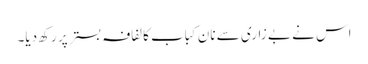
اس نے بے زاری سے نان کباب کا لفافہ بستر پر رکھ دیا۔